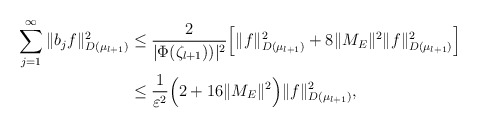
\begin{align*}\sum_{j=1} ^\infty \|b_j f\|_{D(\mu_{l+1})}^2 & \leq \frac{2}{|\Phi(\zeta_{l+1}))|^2} \Big[\|f\|_{D(\mu_{l+1})}^2 + 8 \|M_E\|^2 \|f\|_{D(\mu_{l+1})}^2 \Big]\\& \leq \frac{1}{\varepsilon^2} \Big(2 +16\|M_E\|^2 \Big) \|f\|_{D(\mu_{l+1})}^2,\end{align*}